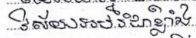
វិស័យអប់រំជាខ្លាំង